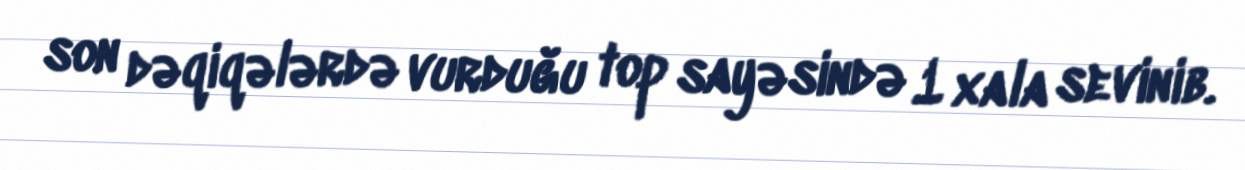
son dəqiqələrdə vurduğu top sayəsində 1 xala sevinib.